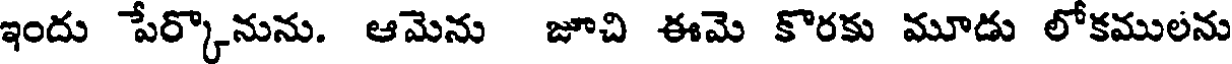
ఇందు పేర్కొనును. ఆమెను జూచి ఈమె కొరకు మూడు లోకములను